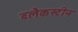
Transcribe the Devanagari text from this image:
ब्लैकस्टीन